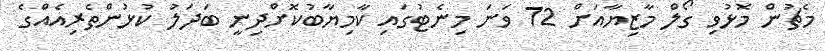
މެޗުން މޮޅުވި ގޯލް މާޒިޔާއަށް 72 ވަނަ މިނެޓުގައި ކާމިޔާބުކޮށްދިނީ ބަދަލު ކުޅުންތެރިއެއްގެ